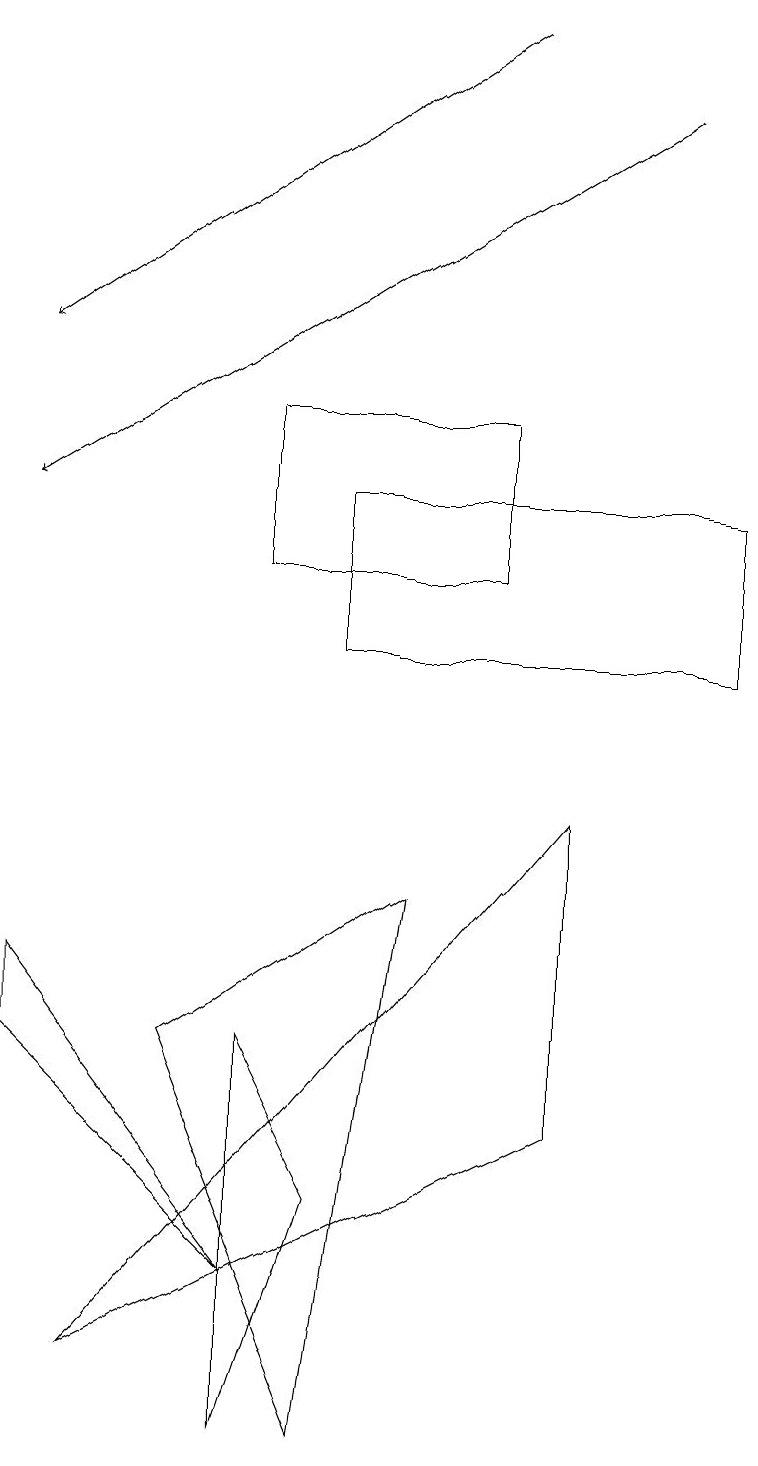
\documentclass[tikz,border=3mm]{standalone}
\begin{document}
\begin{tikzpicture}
\draw (4,13) rectangle (9,11);
\draw (3,12) rectangle (6,14);
\draw (0,6) -- (3,3) -- (0,7) -- cycle;
\draw (4,1) -- (5,8) -- (2,6) -- cycle;
\draw[->] (8,18) -- (0,13);
\draw (7,5) -- (1,2) -- (7,9) -- cycle;
\draw (4,4) -- (3,6) -- (3,1) -- cycle;
\draw[->] (6,19) -- (0,15);
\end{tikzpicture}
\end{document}